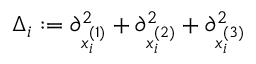
\begin{array} { r } { \Delta _ { i } : = \partial _ { x _ { i } ^ { ( 1 ) } } ^ { 2 } + \partial _ { x _ { i } ^ { ( 2 ) } } ^ { 2 } + \partial _ { x _ { i } ^ { ( 3 ) } } ^ { 2 } } \end{array}